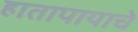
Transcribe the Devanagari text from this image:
हातापायाचे